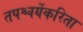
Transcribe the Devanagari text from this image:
तपश्चर्येकरिता